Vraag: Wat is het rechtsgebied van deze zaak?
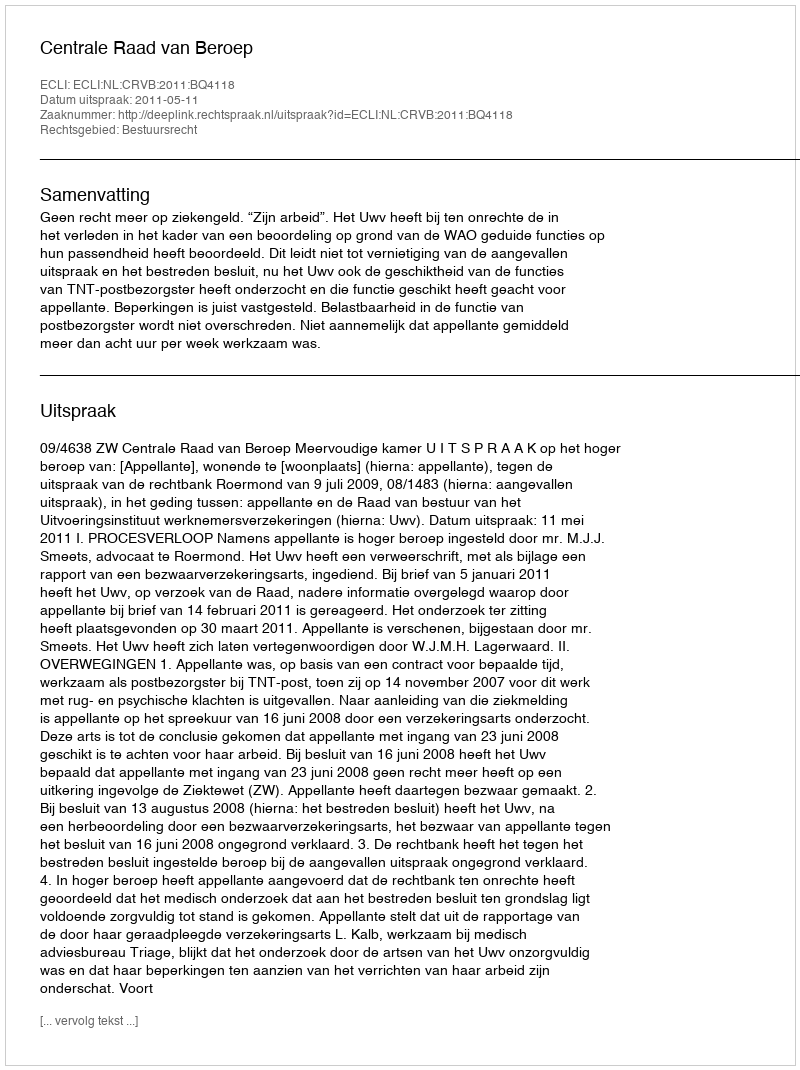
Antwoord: Bestuursrecht